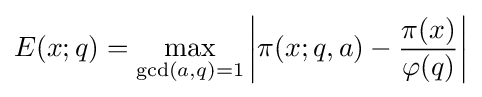
E(x;q)=\max _{{\text{gcd}}(a,q)=1}\left|\pi (x;q,a)-{\frac {\pi (x)}{\varphi (q)}}\right|